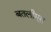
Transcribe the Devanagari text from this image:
बतलीमूस